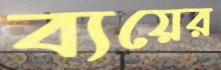
ব্যয়ের